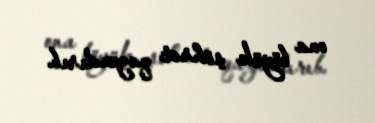
ona böyük şöhrət qazandırıb.